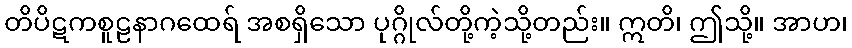
တိပိဋကစူဠနာဂထေရ် အစရှိသော ပုဂ္ဂိုလ်တို့ကဲ့သို့တည်း။ ဣတိ၊ ဤသို့။ အာဟ၊